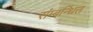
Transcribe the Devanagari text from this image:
संम्बन्धित